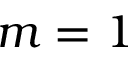
m = 1